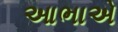
આભાએ